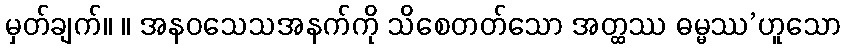
မှတ်ချက်။ ။ အနဝသေသအနက်ကို သိစေတတ်သော အတ္ထဿ ဓမ္မဿ’ဟူသော